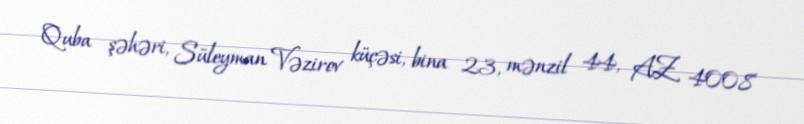
Quba şəhəri, Süleyman Vəzirov küçəsi, bina 23, mənzil 44, AZ 4008